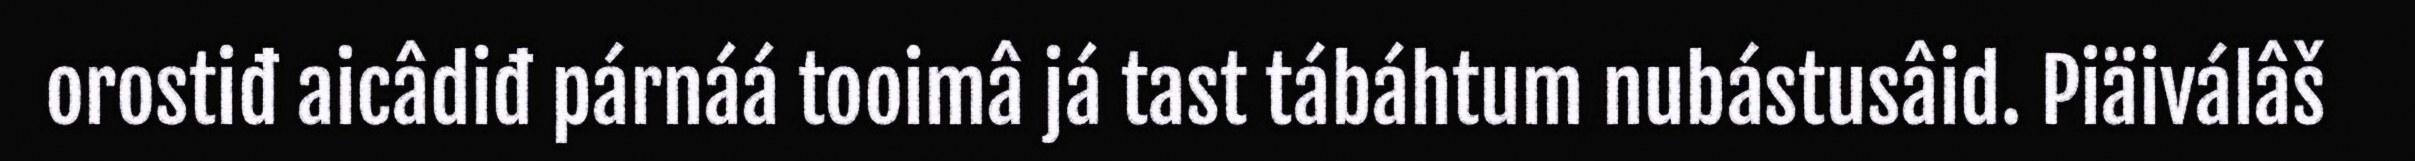
orostiđ aicâdiđ párnáá tooimâ já tast tábáhtum nubástusâid. Piäiválâš